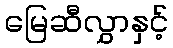
မြေဆီလွှာနှင့်